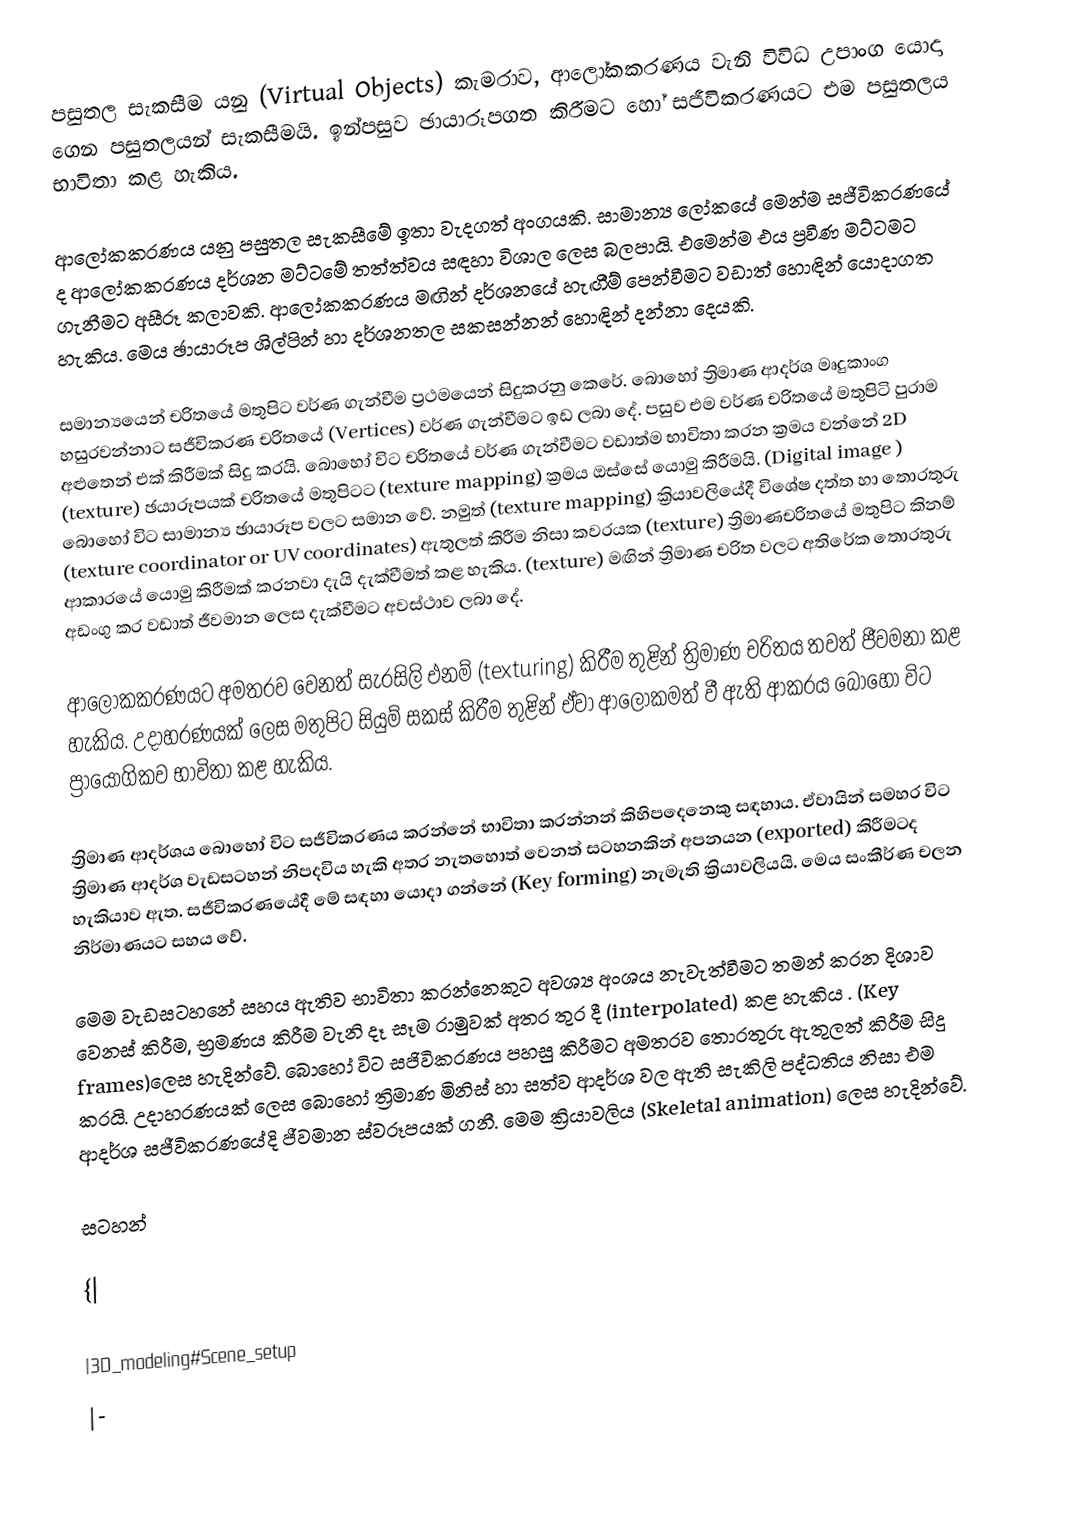
පසුතල සැකසීම යනු (Virtual Objects) කැමරාව, ආලෝකකරණය වැනි විවිධ උපාංග යොදා ගෙන පසුතලයන් සැකසීමයි.  ඉන්පසුව ඡායාරූපගත කිරීමට හෝ සජීවිකරණයට එම පසුතලය භාවිතා කළ හැකිය.

ආලෝකකරණය යනු පසුතල සැකසීමේ ඉතා වැදගත් අංගයකි. සාමාන්‍ය ලෝකයේ ‍මෙන්ම සජීවිකරණයේ ද ආලෝකකරණය දර්ශන මට්ටමේ තත්ත්වය සඳහා විශාල ලෙස බලපායි. එමෙන්ම එය ප්‍රවීණ මට්ටමට ගැනීමට අසීරූ කලාවකි. ආලෝකකරණය මඟින් දර්ශනයේ හැඟීම් පෙන්වීමට වඩාත් හොඳින් යොදාගත හැකිය. මෙය ඡායාරූප ශිල්පින් හා දර්ශනතල සකසන්නන් හොඳින් දන්නා දෙයකි.

සමාන්‍යයෙන් චරිතයේ මතුපිට වර්ණ ගැන්වීම ප්‍රථමයෙන් සිදුකරනු කෙරේ. බොහෝ ත්‍රිමාණ ආදර්ශ මෘදුකාංග හසුරවන්නාට සජීවිකරණ චරිතයේ (Vertices) වර්ණ ගැන්වීමට ඉඩ ලබා දේ. පසුව එම වර්ණ චරිතයේ මතුපිටි පුරාම අළුතෙන් එක් කිරීමක් සිදු කරයි. බොහෝ විට චරිතයේ වර්ණ ගැන්වීමට වඩාත්ම භාවිතා කරන ක්‍රමය වන්නේ 2D (texture) ඡයාරූපයක් චරිතයේ මතුපිටට (texture mapping) ක්‍රමය ඔස්සේ යොමු කිරීමයි. (Digital image ) බොහෝ විට සාමාන්‍ය ඡායාරූප වලට සමාන වේ. නමුත් (texture mapping) ක්‍රියාවලියේදී විශේෂ දත්ත හා තොරතුරු (texture coordinator or UV coordinates) ඇතුලත් කිරීම නිසා කවරයක (texture) ත්‍රිමාණචරිතයේ මතුපිට කිනම් ආකාරයේ යොමු කිරීමක් කරනවා දැයි දැක්වීමත් කළ හැකිය. (texture) මඟින් ත්‍රිමාණ චරිත වලට අතිරේක තොරතුරු අඩංගු කර වඩාත් ජීවමාන ලෙස දැක්වීමට අවස්ථාව ලබා දේ.

ආලෝකකරණයට අමතරව වෙනත් සැරසිලි එනම් (texturing) කිරීම තුළින් ත්‍රිමාණ චරිතය තවත් ජීවමනා කළ හැකිය. උදාහරණයක් ලෙස මතුපිට සියුම් සකස් කිරීම තුළින් ඒවා ආලෝකමත් වී ඇති ආකරය බොහෝ විට ප්‍රායෝගිකව භාවිතා කළ හැකිය.

ත්‍රිමාණ ආදර්ශය බොහෝ විට සජීවිකරණය කරන්නේ භාවිතා කරන්නන් කිහිපදෙනෙකු සඳහාය. ඒවායින් සමහර විට ත්‍රිමාණ ආදර්ශ වැඩසටහන් නිපදවිය හැකි අතර නැතහොත් වෙනත් සටහනකින් අපනයන (exported) කිරීමටද හැකියාව ඇත. සජීවිකරණයේදී මේ සඳහා යොදා ගන්නේ (Key forming) නැමැති ක්‍රියාවලියයි. මෙය සංකීර්ණ චලන නිර්මාණයට සහය වේ.

මෙම වැඩසටහනේ සහය ඇතිව භාවිතා කරන්නෙකුට අවශ්‍ය අංශය නැවැත්වීමට තමන් කරන දිශාව ‍වෙනස් කිරීම, භ්‍රමණය  කිරීම වැනි දෑ සෑම රාමුවක් අතර තුර දී (interpolated) කළ හැකිය . (Key frames)ලෙස හැදින්වේ. බොහෝ විට සජිවිකරණය පහසු කිරීමට අමතරව තොරතුරු ඇතුලත් කිරීම සිදු කරයි. උදාහරණයක් ලෙස බොහෝ ත්‍රිමාණ මිනිස් හා සත්ව ආදර්ශ වල ඇති සැකිලි පද්ධතිය නිසා එම ආදර්ශ සජීවිකරණයේදි ජීවමාන ස්වරූපයක් ගනී. මෙම ක්‍රියාවලිය  (Skeletal animation) ලෙස හැදින්වේ.

සටහන්

{|

|3D_modeling#Scene_setup
|-